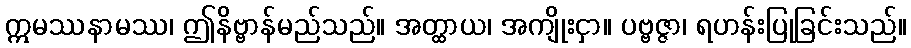
ဣမဿနာမဿ၊ ဤနိဗ္ဗာန်မည်သည်။ အတ္ထာယ၊ အကျိုးငှာ။ ပဗ္ဗဇ္ဇာ၊ ရဟန်းပြုခြင်းသည်။